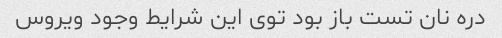
دره نان تست باز بود توی این شرایط وجود ویروس